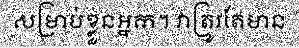
សម្រាប់ខ្លួនអ្នក។ វាត្រូវតែមាន